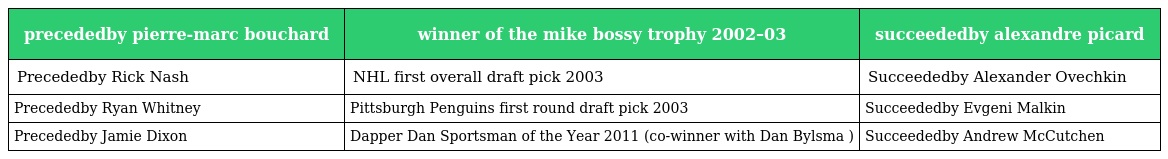
| precededby pierre-marc bouchard | winner of the mike bossy trophy 2002–03 | succeededby alexandre picard |
 | --- | --- | --- |
 | Precededby Rick Nash | NHL first overall draft pick 2003 | Succeededby Alexander Ovechkin |
 | Precededby Ryan Whitney | Pittsburgh Penguins first round draft pick 2003 | Succeededby Evgeni Malkin |
 | Precededby Jamie Dixon | Dapper Dan Sportsman of the Year 2011 (co-winner with Dan Bylsma ) | Succeededby Andrew McCutchen |